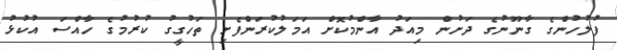
ފުލުހުންގެ ގާނޫނުގެ ދަށުން މިއަދު އާންމުކޮށް އަމަލުކުރަންފެށި ތަހުގީގު ކުރުމުގެ ހާއްސަ އުކުޅު